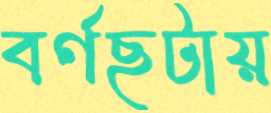
বর্ণছটায়